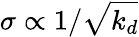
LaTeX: \sigma\propto 1/\sqrt{k_{d}}